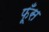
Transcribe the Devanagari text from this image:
फूँस